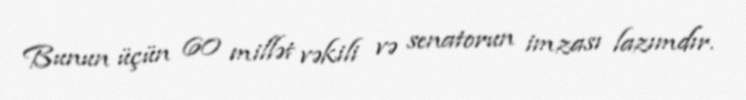
Bunun üçün 60 millət vəkili və senatorun imzası lazımdır.